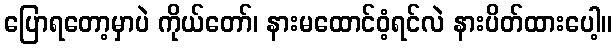
ပြောရတော့မှာပဲ ကိုယ်တော်၊ နားမထောင်ဝံ့ရင်လဲ နားပိတ်ထားပေါ့။